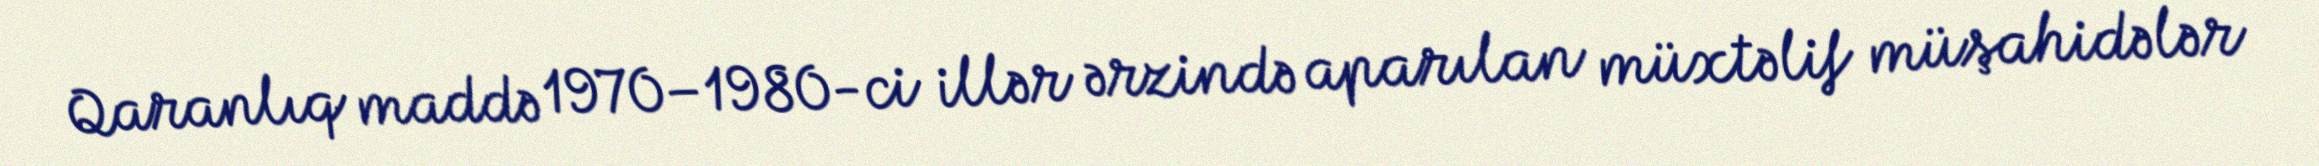
Qaranlıq maddə 1970–1980-ci illər ərzində aparılan müxtəlif müşahidələr